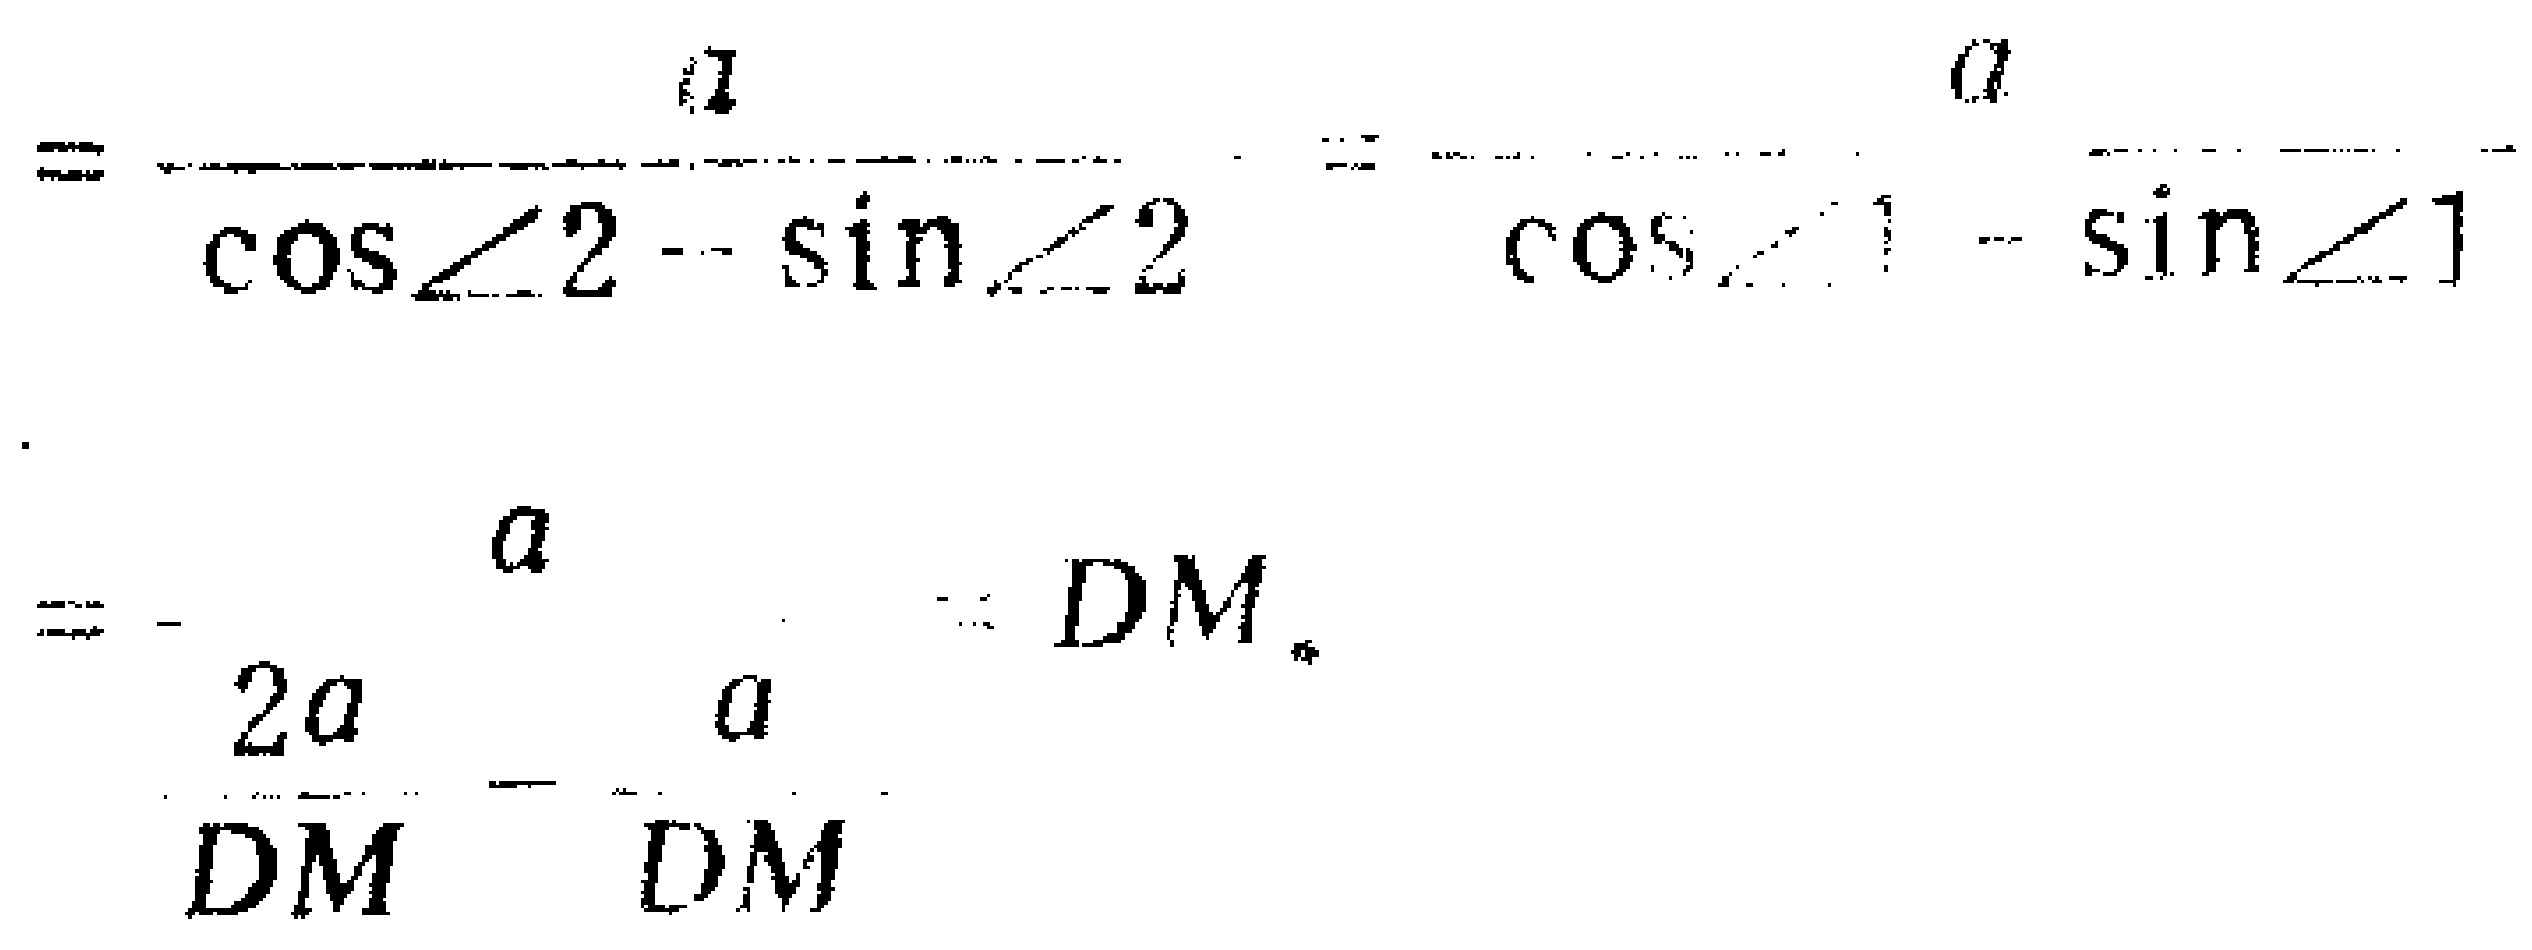
\[
= \frac{a}{\cos\angle 2 - \sin\angle 2}=\frac{a}{\cos\angle 1 - \sin\angle 1} \\
= \frac{a}{\frac{2a}{DM}-\frac{a}{DM}} = DM.
\]